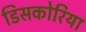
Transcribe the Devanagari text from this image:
डिसकोरिया